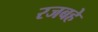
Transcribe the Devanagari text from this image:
रजबहे